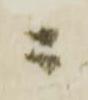
ニ